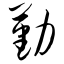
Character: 勤